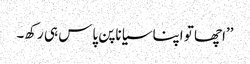
’’اچھا تو اپنا سیاناپن پاس ہی رکھ۔